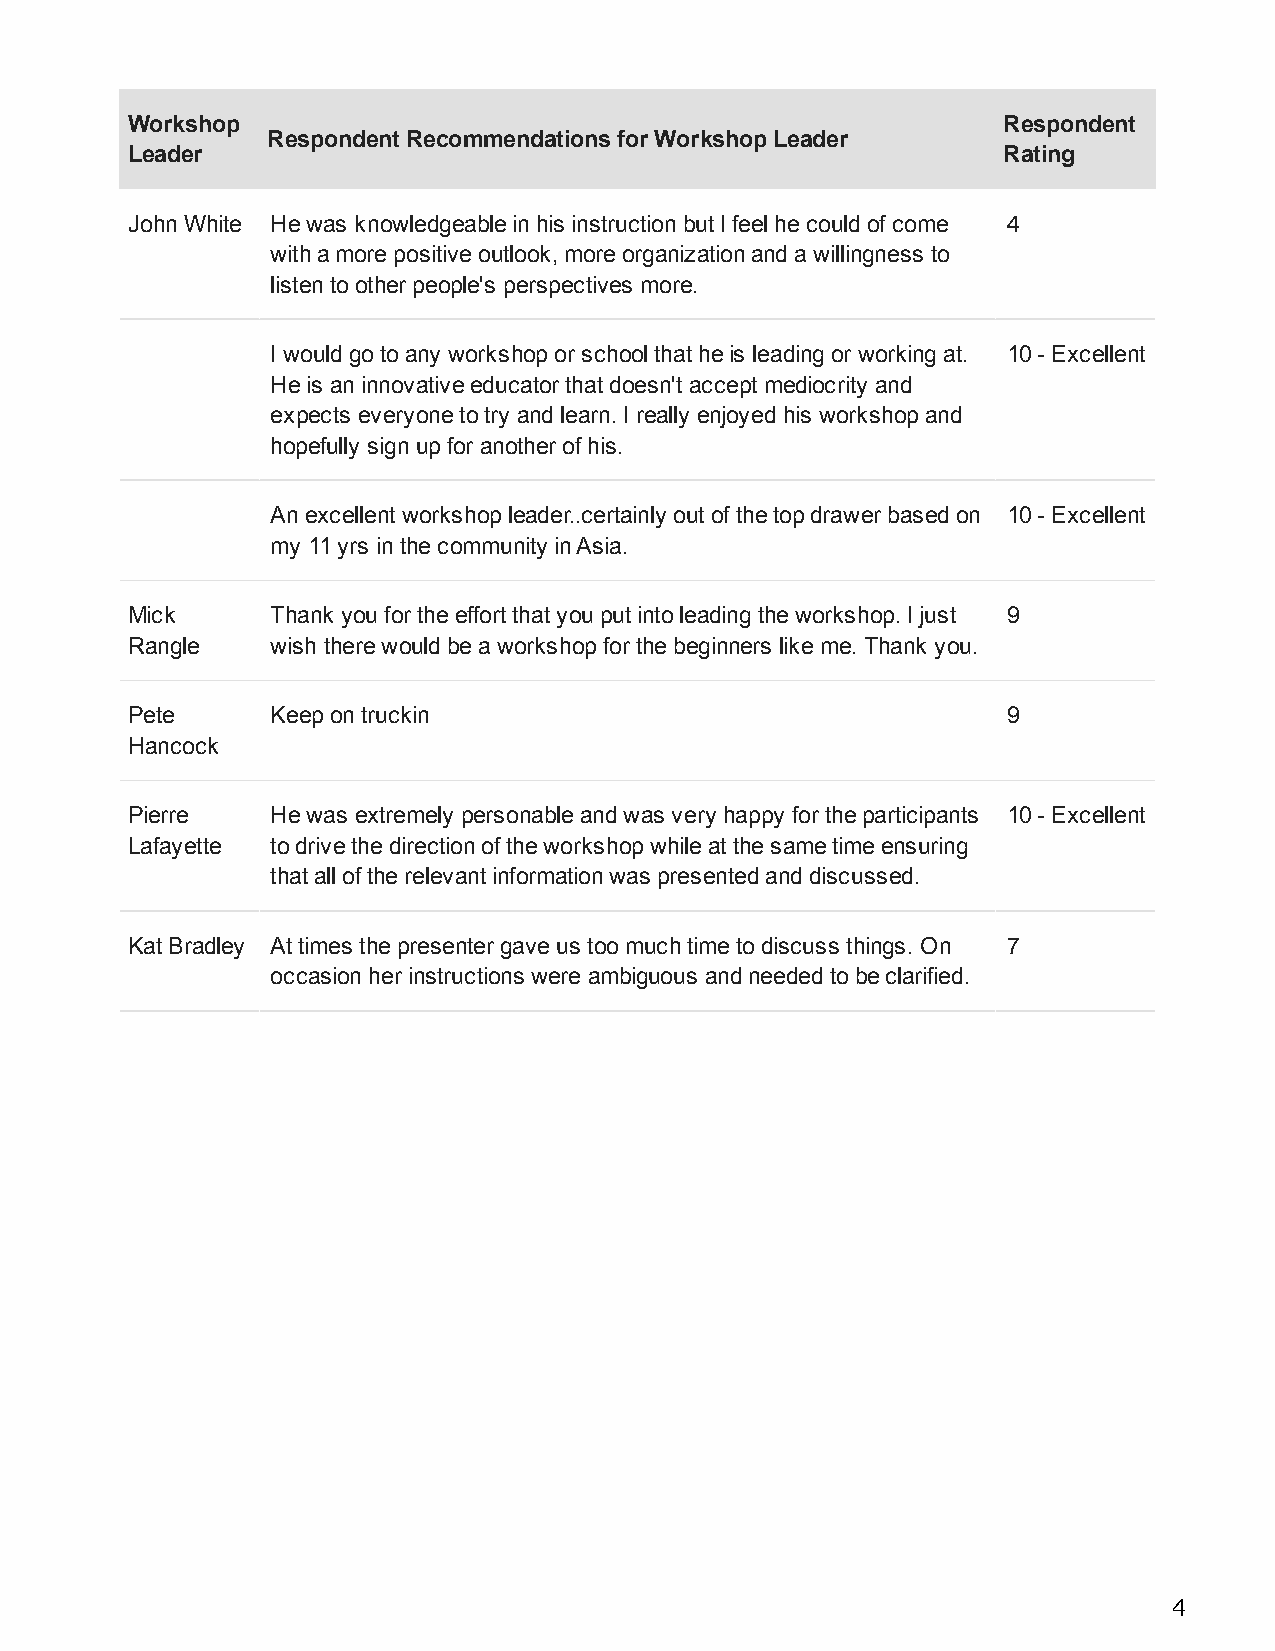
Workshop                                                  Respondent
 Respondent Recommendations for Workshop Leader
 Leader                                                    Rating
 John White He was knowledgeable in his instruction but I feel he could of come 4
 with a more positive outlook, more organization and a willingness to
 listen to other people's perspectives more.
 I would go to any workshop or school that he is leading or working at. 10 - Excellent
 He is an innovative educator that doesn't accept mediocrity and
 expects everyone to try and learn. I really enjoyed his workshop and
 hopefully sign up for another of his.
 An excellent workshop leader..certainly out of the top drawer based on 10 - Excellent
 my 11 yrs in the community in Asia.
 Mick      Thank you for the effort that you put into leading the workshop. I just 9
 Rangle    wish there would be a workshop for the beginners like me. Thank you.
 Pete      Keep on truckin                                  9
 Hancock
 Pierre    He was extremely personable and was very happy for the participants 10 - Excellent
 Lafayette to drive the direction of the workshop while at the same time ensuring
 that all of the relevant information was presented and discussed.
 Kat Bradley At times the presenter gave us too much time to discuss things. On 7
 occasion her instructions were ambiguous and needed to be clarified.
 4